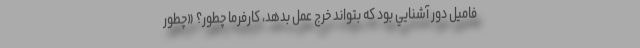
فاميل دور آشنايي بود كه بتواند خرج عمل بدهد، كارفرما چطور؟ «چطور